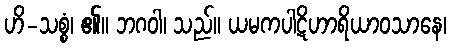
ဟိ-သစ္စံ၊ ၏။ ဘဂဝါ၊ သည်။ ယမကပါဋိဟာရိယာဝသာနေ၊